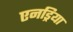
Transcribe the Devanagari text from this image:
एनड्रिया